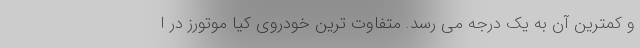
و کمترین آن به یک درجه می رسد. متفاوت ترین خودروی کیا موتورز در ا